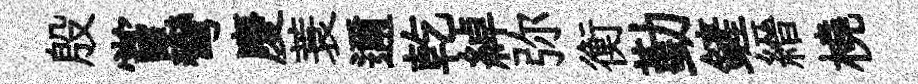
殷嘗彎慶蓑邇乾綽弥衡勤鏟縉橈